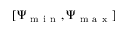
[ \Psi _ { \mathrm { ~ m ~ i ~ n ~ } } , \Psi _ { \mathrm { ~ m ~ a ~ x ~ } } ]